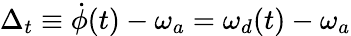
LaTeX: \Delta_{t}\equiv\dot{\phi}(t)-\omega_{a}=\omega_{d}(t)-\omega_{a}